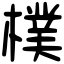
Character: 樸